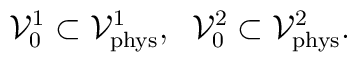
{\cal V}_0^1\subset{\cal V}_{\rm phys}^1,\;\; {\cal V}_0^2\subset {\cal V}_{\rm phys}^2.